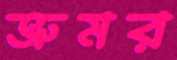
ভ্রুমর